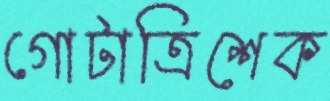
গোটাত্রিশেক